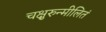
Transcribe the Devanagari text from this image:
चक्षुरुन्मीलितं